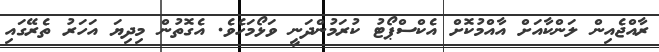
ރާއްޖެއިން ލަންކާއަށް އާއްމުކޮށް އެކްސްޕޯޓު ކުރަމުންދަނީ ވަޅޯމަހެވެ. އެގޮތުން މިދިޔަ އަހަރު ތެރޭގައި